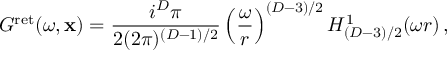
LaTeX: G ^ { \mathrm { r e t } } ( \omega , { \bf x } ) = \frac { i ^ { D } \pi } { 2 ( 2 \pi ) ^ { ( D - 1 ) / 2 } } \left( \frac { \omega } { r } \right) ^ { ( D - 3 ) / 2 } H _ { ( D - 3 ) / 2 } ^ { 1 } ( \omega r ) \, ,